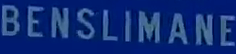
BENSILIMANE